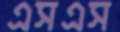
এসএস